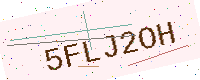
Text: 5FLJ2OH